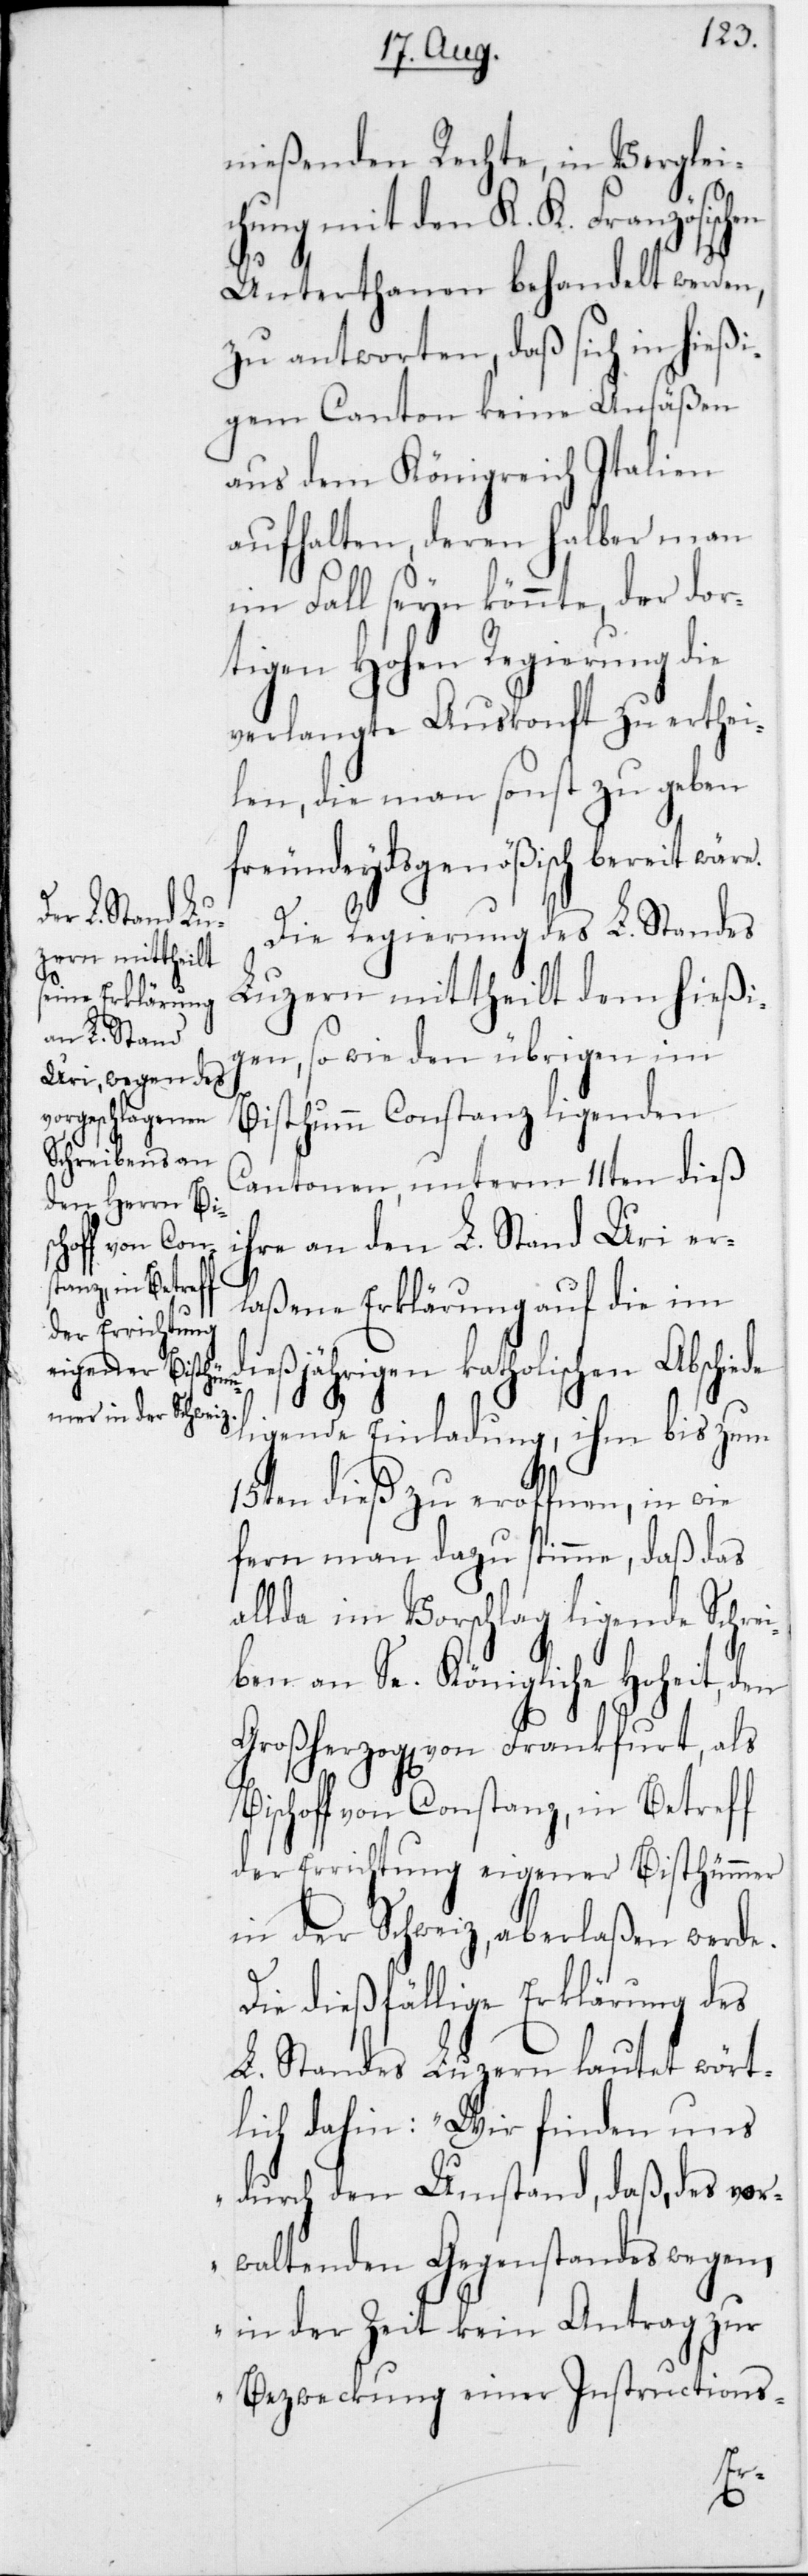
nießenden Rechte, in Vergleic¬
hung mit den K. K. Französisc¬
Unterthanen behandelt werden,
zu antworten, daß sich in hießi¬
gem Canton keine Ansäßen
aus dem Königreich Italien
aufhalten, deren halber man
im Fall seyn könnte, der dor¬
tigen Hohen Regierung die
verlangte Auskonft zu erthei¬
len, die man sonst zu geben
freundeydsgenößisch bereit wär¬
Die Regierung des L. Standes
Luzern mittheilt dem hießi¬
gen sowie den übrigen im
Bisthumm Constanz liegenden
Cantonen, unterm 11ten dieß
hre an den L. Stand Uri er¬
laßene Erklärung auf die im
eßjährigen katholischen Abschi¬
iegende Einladung, ihm bis zum
l¬
15ten dieß zu eröffnen, in wie
fern man dazu stimme, daß das
allda im Vorschlag liegende Schrei¬
ben an Se. Königliche Hoheit, den
Großherzogen von Frankfurt, als
Bischoff von Constanz, in Betreff
der Errichtung eigener Bisthümmer
in der Schweiz, aberlaßen werde.
Die dießfällige Erklärung des
L. Standes Luzern lautet wört¬
lich dahin: „Wir finden uns
durch den Umstand, daß des vor¬
waltenden Gegenstandes wegen,
in der Zeit kein Antrag zur
Bezweckung einer Instructions-
di¬